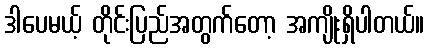
ဒါပေမယ့် တိုင်းပြည်အတွက်တော့ အကျိုးရှိပါတယ်။